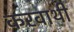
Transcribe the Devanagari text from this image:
करवाथी